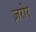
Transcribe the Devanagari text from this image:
ज़रोर